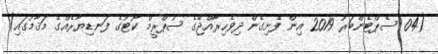
(04 ސެޕްޓެންބަރު 2019 އިން ފެށިގެން ދިވެހިރާއްޖޭގެ ސުޕްރީމް ކޯޓުގެ ފަނޑިޔާރެއްގެ މަޤާމުގައި)